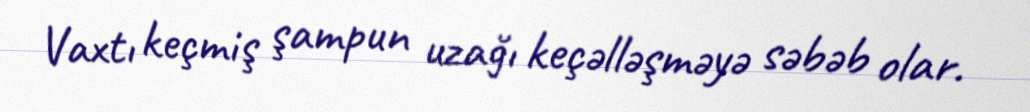
Vaxtı keçmiş şampun uzağı keçəlləşməyə səbəb olar.